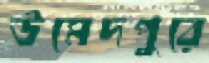
উমেদপুরে